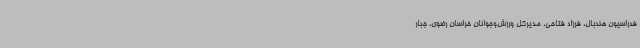
فدراسیون هندبال، فرزاد فتاحی، مدیرکل ورزش‌وجوانان خراسان رضوی، جبار